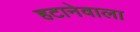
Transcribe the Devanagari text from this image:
हटानेवाला